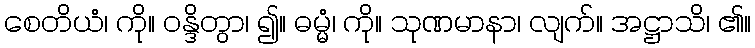
စေတိယံ၊ ကို။ ဝန္ဒိတွာ၊ ၍။ ဓမ္မံ၊ ကို။ သုဏမာနာ၊ လျက်။ အဋ္ဌာသိ၊ ၏။